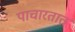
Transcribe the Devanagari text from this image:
पाचारतात